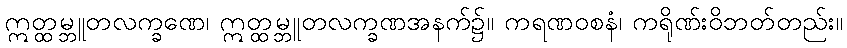
ဣတ္ထမ္ဘူတလက္ခဏေ၊ ဣတ္ထမ္ဘူတလက္ခဏအနက်၌။ ကရဏဝစနံ၊ ကရိုဏ်းဝိဘတ်တည်း။